Vaccination in Burma 1900-1911 - 1900-1911
Year: 1900
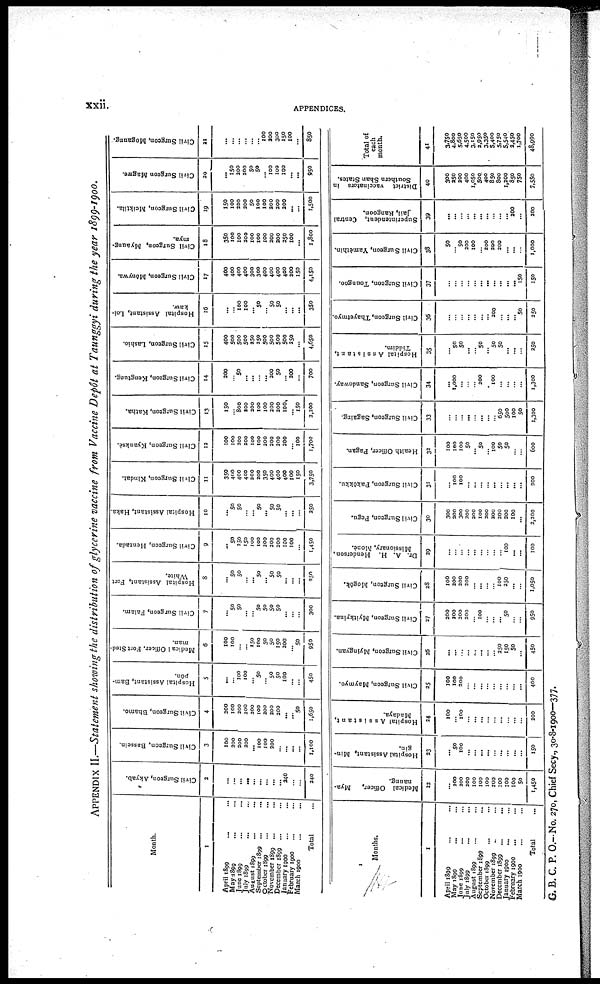
xxii.
APPENDICES.
APPENDIX II.—Statement showing the distribution of glycerine vaccine from Vaccine Depôt at Taunggyi during the year 1899-1900.
Month.
1
April 1899 ... ...
May 1899 ... ...
June 1899 ...
July 1899 ... ...
August 1899 ... ...
September 1899 ... ...
October 1899 ... ...
November 1899 ... ...
December 1899 ... ...
January 1900 ... ...
February 1900 ... ...
March 1900 ... ...
Total ...
Civil Surgeon, Akyab.
2
...
...
...
...
...
...
...
...
... 240
...
...
240
Civil Surgeon, Bassein.
3
100
300
200
200
... 100
100
200
...
...
...
...
1,100
Civil Surgeon, Bhamo.
4
200
100
200
200
200
100
200
200
200
...
... 50
1,650
Hospital Assistant, Bam-
pon.
5
...
... 100
100
...
50
...
50
50
100
...
...
450
Medica1 Officer. Fort Sted-
man.
6
100
100
...
... 150
100
50
50
150
200
... 50
950
Civil Surgeon, Falam.
7
...
50
50
...
...
50
50
50
50
...
...
...
300
Hospital Assistant, Fort
White.
8
...
50
50
...
... 50
... 50
50
...
...
...
250
Civil Surgeon, Henzada.
9
...
50
250
150
100
100
200
200
200
100
100
...
1,450
Hospital Assistant, Haka.
10
...
50
50
...
... 50
...
50
50
...
...
...
250
Civil Surgeon, Kindat.
11
350
400
400
400
200
200
350
400
400
400
100
150
3,750
Civil Surgeon, Kyauksè.
12
100
100
200
200
100
100
200
200
200
200
...
100
1,700
Civil Surgeon, Katha.
13
150
... 800
200
200
100
100
200
200
100
... 150
2,200
Civil Surgeon, Kengtung.
14
200
...
50
...
...
...
... 200
50
...
200
...
700
Civil Surgeon, Lashio.
15
400
500
500
500
250
250
500
500
500
500
250
...
4,650
Hospital Assistant, Loi-
kaw.
16
...
... 100
100
... 50
... 50
50
...
...
...
350
Civil Surgeon, Monywa.
17
400
400
400
400
300
300
400
400
400
400
200
150
4,150
Civil Surgeon, Myaung-
mya.
18
350
100
100
200
100
100
100
200
200
250
100
...
1,800
Civil Surgeon, Meiktila.
19
150
100
200
200
50
100
100
200
200
200
...
...
1,500
Civil Surgeon Magwe.
20
...
150
200
200
50
50
... 100
100
100
...
...
950
Civil Surgeon, Mogaung.
21
...
...
...
...
...
... 100
200
300
150
100
...
850
Months.
1
April 1899 ... ...
May 1899 ... ...
June 1899 ... ...
July 1899 ... ...
August 1899 ... ...
September 1899 ... ...
October 1899 ... ...
November 1899 ... ...
December 1899 ... ...
January 1900 ... ...
February 1900 ... ...
March 1900 ... ...
Total ...
Medical Officer,
Mya-
naung.
22
...
200
200
200
100
100
100
200
100
100
100
50
1,450
Hospital Assistant, Min-
gin.
23
...
50
100
...
...
...
...
...
...
...
...
...
150
Hospital Assistant,
Madaya.
24
100
... 100
...
...
...
...
...
...
...
...
...
200
Civil Surgeon, Maymyo.
25
100
100
200
...
...
...
...
...
...
...
...
...
400
Civil Surgeon, Myingyan.
26
...
...
...
...
...
...
...
...
250
150
50
...
450
Civil Surgeon, Myitkyina.
27
200
200
200
200
...
100
...
...
... 50
...
...
950
Civil Surgeon, Mogôk.
28
100
200
200
200
...
...
...
...
100
250
...
...
1,050
Dr. A. H. Henderson,
Missionary, Monè.
29
...
...
...
...
...
...
...
...
...
100
...
...
100
Civil Surgeon, Pegu.
30
300
200
300
200
200
100
200
200
200
200
100
...
2,200
Civil Surgeon, Pakôkku.
31
...
100
100
...
...
...
...
...
...
...
...
...
200
Health Officer, Pagan.
32
100
100
100
50
...
50
...
100
50
50
...
...
600
Civil Surgeon, Sagaing.
33
...
...
...
...
...
...
...
...
650
500
100
50
1,300
Civil Surgeon, Sandoway.
34
...
1,000
...
...
...
200
...
100
...
...
...
...
1,300
Hospital Assistant,
Tiddim.
35
...
50
50
...
...
50
...
50
50
...
...
...
250
Civil Surgeon, Thayetmyo.
36
...
...
...
...
...
...
...
200
...
...
... 50
250
Civil Surgeon, Toungoo.
37
...
...
...
...
... ...
...
... ...
...
...
150
150
Civil Surgeon, Yamethin.
38
50
...
50
200
100
...
200
200
200
...
...
...
1,000
Superintendent, Central
Jail, Rangoon.
39
...
...
...
... ...
...
...
...
...
... 200
...
200
District vaccinators in
Southern Shan States.
40
300
250
200
400
1,050
500
400
850
800
1,200
850
750
7,550
Total of
each
month.
41
3,750
4,800
5,650
4,500
3,150
2,950
3,350
5,400
5,750
5,540
2,450
1,700
48,990
G. B. C. P. O.—No. 270, Chief Secy., 30-8-1900—377.